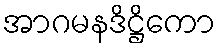
အာဂမနဒိဋ္ဌိကော